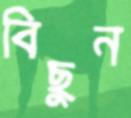
বিছুন